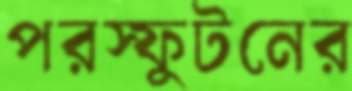
পরস্ফুটনের